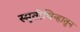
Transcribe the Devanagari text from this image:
स्मृतीचिन्हातून